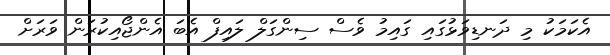
އެކަމަކު މި ދަނޑިވަޅުގައި ގައިމު ވެސް ސިންގަލް ލައިފް އެބަ އެންޖޯއިކުރަން ވަރަށް